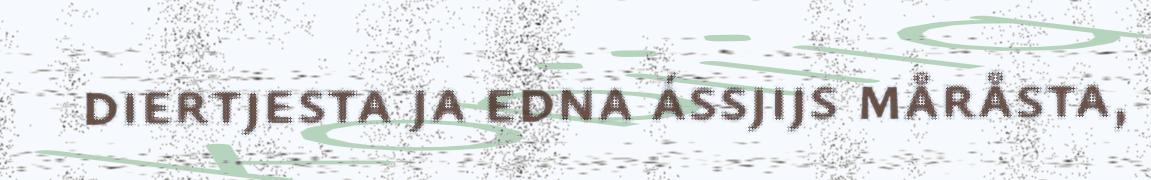
diertjesta ja edna ássjijs måråsta,